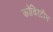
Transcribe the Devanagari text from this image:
कॉबिरटीन